Rangoon Lunatic Asylum 1898-1906 - 1898-1906
Year: 1898
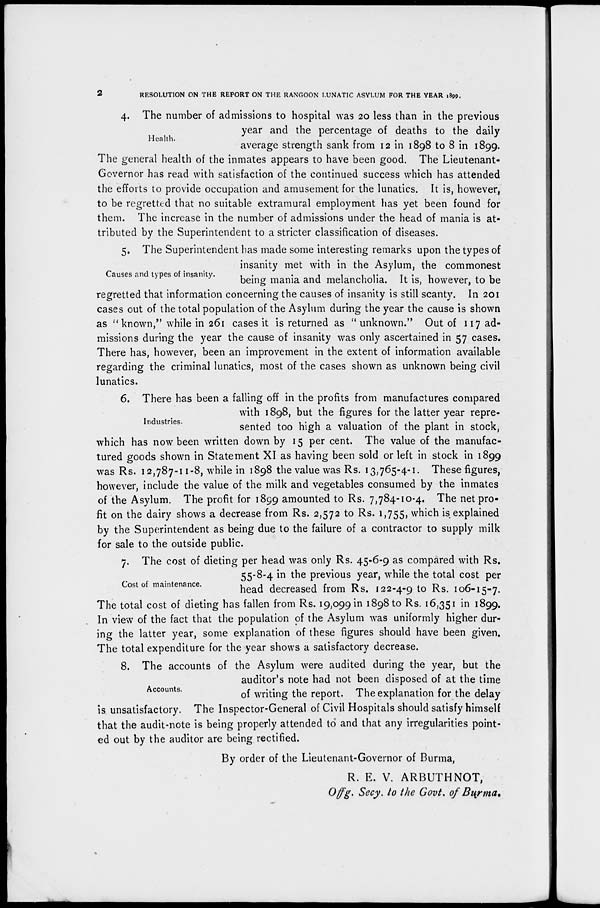
2
RESOLUTION ON THE REPORT ON THE RANGOON LUNATIC ASYLUM FOR THE YEAR 1899.
Health.
4. The number of admissions to hospital was 20 less than in the previous
year and the percentage of deaths to the daily
average strength sank from 12 in 1898 to 8 in 1899.
The general health of the inmates appears to have been good. The Lieutenant-
Governor has read with satisfaction of the continued success which has attended
the efforts to provide occupation and amusement for the lunatics. It is, however,
to be regretted that no suitable extramural employment has yet been found for
them. The increase in the number of admissions under the head of mania is at-
tributed by the Superintendent to a stricter classification of diseases.
Causes and types of insanity.
5. The Superintendent has made some interesting remarks upon the types of
insanity met with in the Asylum, the commonest
being mania and melancholia. It is, however, to be
regretted that information concerning the causes of insanity is still scanty. In 201
cases out of the total population of the Asylum during the year the cause is shown
as "known," while in 261 cases it is returned as " unknown." Out of 117 ad-
missions during the year the cause of insanity was only ascertained in 57 cases.
There has, however, been an improvement in the extent of information available
regarding the criminal lunatics, most of the cases shown as unknown being civil
lunatics.
Industries.
6. There has been a falling off in the profits from manufactures compared
with 1898, but the figures for the latter year repre-
sented too high a valuation of the plant in stock,
which has now been written down by 15 per cent. The value of the manufac-
tured goods shown in Statement XI as having been sold or left in stock in 1899
was Rs. 12,787-11-8, while in 1898 the value was Rs. 13,765-4-1. These figures,
however, include the value of the milk and vegetables consumed by the inmates
of the Asylum. The profit for 1899 amounted to Rs. 7,784-10-4. The net pro-
fit on the dairy shows a decrease from Rs. 2,572 to Rs. 1,755, which is explained
by the Superintendent as being due to the failure of a contractor to supply milk
for sale to the outside public.
Cost of maintenance.
7. The cost of dieting per head was only Rs. 45-6-9 as compared with Rs.
55-8-4 in the previous year, while the total cost per
head decreased from Rs. 122-4-9 to Rs. 106-15-7.
The total cost of dieting has fallen from Rs. 19,099 in 1898 to Rs. 16,351 in 1899.
In view of the fact that the population of the Asylum was uniformly higher dur-
ing the latter year, some explanation of these figures should have been given.
The total expenditure for the year shows a satisfactory decrease.
Accounts.
8. The accounts of the Asylum were audited during the year, but the
auditor's note had not been disposed of at the time
of writing the report. The explanation for the delay
is unsatisfactory. The Inspector-General of Civil Hospitals should satisfy himself
that the audit-note is being properly attended to and that any irregularities point-
ed out by the auditor are being rectified.
By order of the Lieutenant-Governor of Burma,
R. E. V. ARBUTHNOT,
Offg. Secy. to the Govt. of Burma.